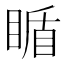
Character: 瞃